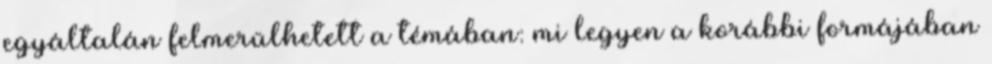
egyáltalán felmerülhetett a témában: mi legyen a korábbi formájában